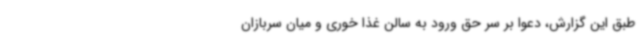
طبق این گزارش، دعوا بر سر حق ورود به سالن غذا خوری و میان سربازان